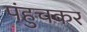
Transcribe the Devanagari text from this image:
पंहुचकर